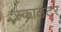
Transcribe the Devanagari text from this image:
स्काउटर